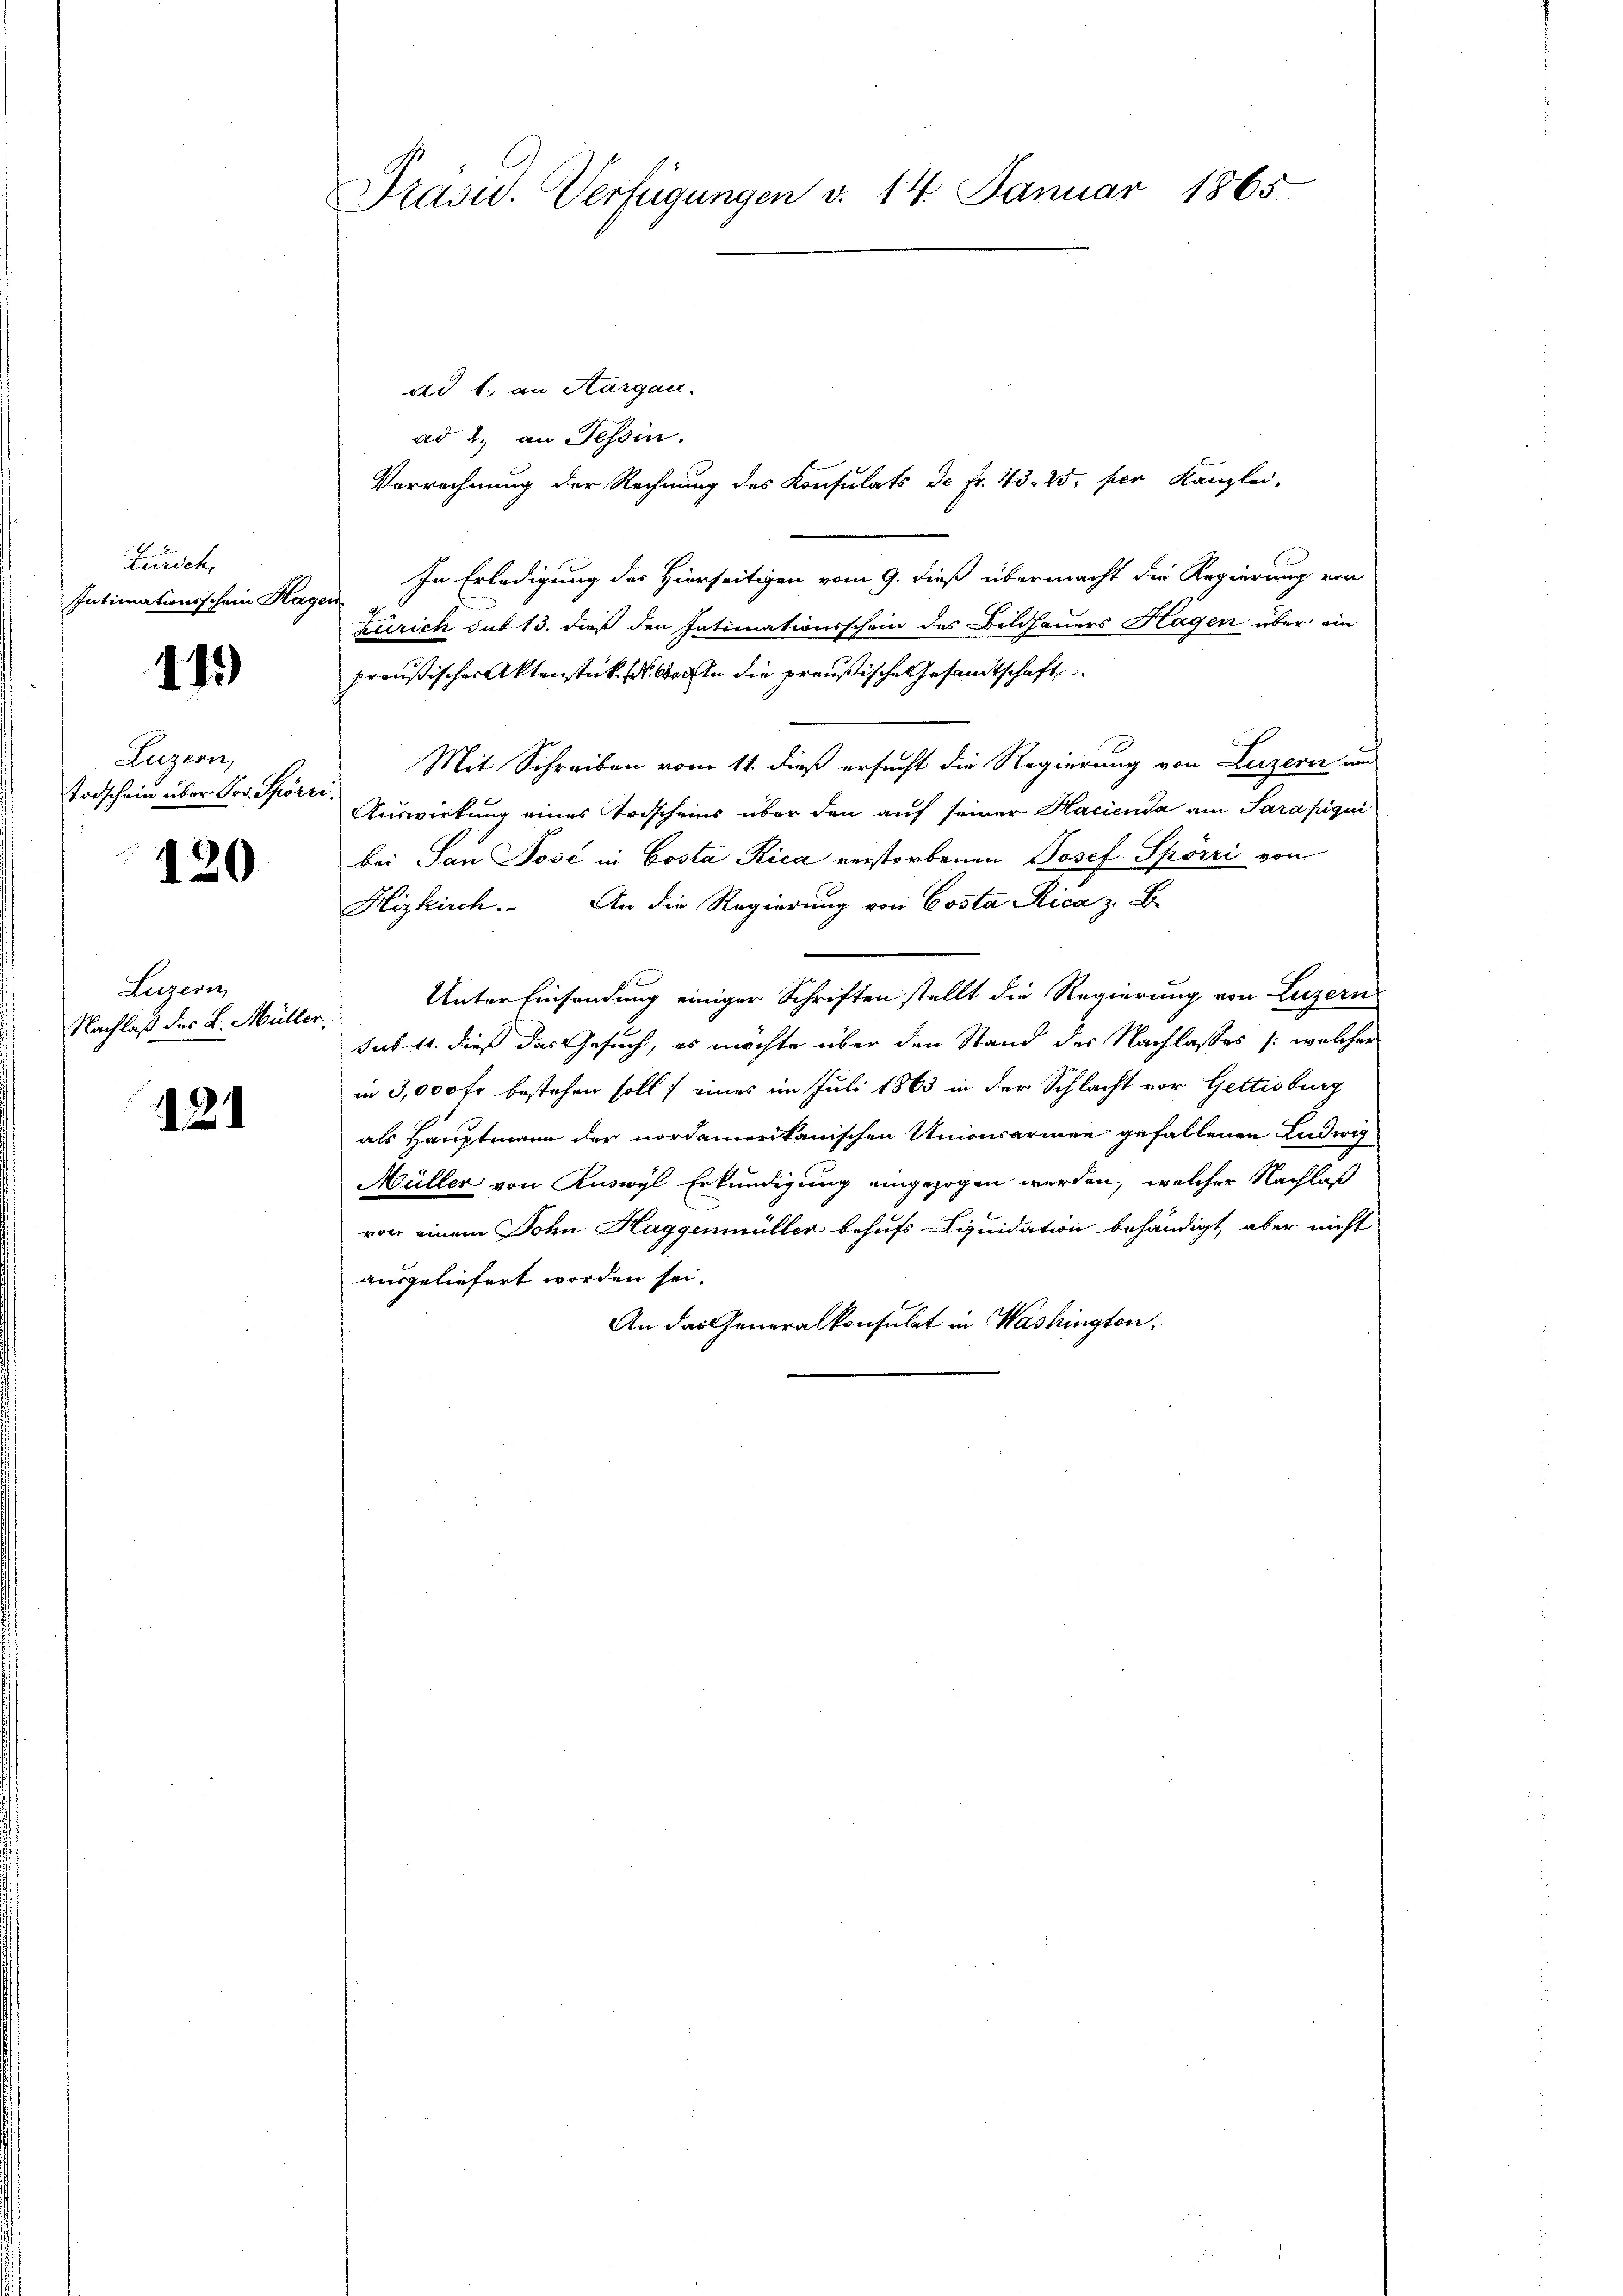
Zürich,
Intimationsschein Hag

115)

Luzern,
Todschein über Jos. Spörri

120

Luzern
Nachlaß des L. Müller

121

Präsid. Verfügungen v. 14. Januar 1865

dd 1. an Aargau.
ad 2. an Tessin.
Verrechnung der Rechnung des Konsulats de Fr. 43. 25. per Kanzlei-
In Erledigung des Hierseitigen vom 9. dieß übermacht die Regierung von
Bech
Zürich sub 13. dieß den Intimationsschein des Bildhauers Hagen über ein
preußischer Aktenstück in Sachen die preußische Gesandtschaft
Mit Schreiben vom 11. dieß ersucht die Regierung von Luzern au
Auswirkung eines Todscheins über den auf seiner Hacienda am Sarapiqui
bei San Pose in Costa Rica verstorbenen Josef Spörri von
Hizkirch. An die Regierung von Costa Rica z. B.
Unterhinsendung einiger Schriften stellt die Regierung von Luzern
sub 11. dieß das Gesuch, es möchte über den Stand des Nachlasses /: welcher
in 3,000 fr bestehen soll; eines im Juli 1863 in der Schlacht vor Gattisburg
als Hauptmann der nordamerikanischen Unionsarmen gefallenen Ludwig
Müller von Ruswyl Erkundigung eingezogen werden, welcher Nachlaß
von einem Sohn Haggenmüller behufs Liquidation behändigt, aber nicht
ausgeliefert worden sei.
An das Generalkonsulat in Washington.